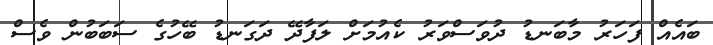
ބައެއް ފަހަރު މާބަނޑު ދުވަސްވަރު ކެއުމަށް ލަފާދޭ ދަގަނޑު ބޭހުގެ ސަބަބުން ވެސް